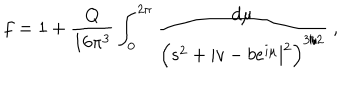
LaTeX: f = 1 + \frac { Q } { 1 6 \pi ^ { 3 } } \int _ { 0 } ^ { 2 \pi } \frac { d \mu } { \left( s ^ { 2 } + | v - b e ^ { i \mu } | ^ { 2 } \right) ^ { 3 / 2 } } \ ,